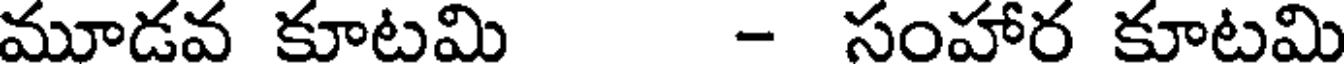
మూడవ కూటమి - సంహార కూటమి